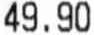
49.90